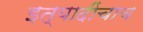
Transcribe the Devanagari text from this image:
इत्यादींचाच